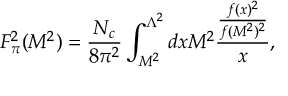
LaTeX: F _ { \pi } ^ { 2 } ( M ^ { 2 } ) = \frac { N _ { c } } { 8 \pi ^ { 2 } } \int _ { M ^ { 2 } } ^ { \Lambda ^ { 2 } } d x M ^ { 2 } \frac { \frac { f ( x ) ^ { 2 } } { f ( M ^ { 2 } ) ^ { 2 } } } { x } ,